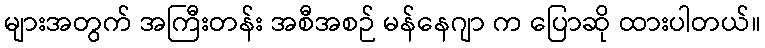
များအတွက် အကြီးတန်း အစီအစဉ် မန်နေဂျာ က ပြောဆို ထားပါတယ်။